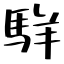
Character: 𩢔